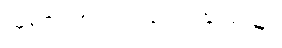
သူမ၏ အသံသည် ကြည်သည်။